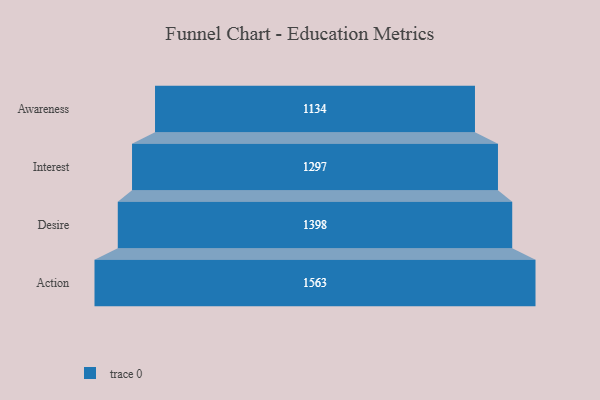
{"axis": {"x": "Stage", "y": "Value"}, "legend": [""], "data": [{"x": "Awareness", "y": 1134.0, "type": ""}, {"x": "Interest", "y": 1297.0, "type": ""}, {"x": "Desire", "y": 1398.0, "type": ""}, {"x": "Action", "y": 1563.0, "type": ""}]}